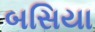
બસિયા